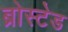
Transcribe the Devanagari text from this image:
ब्रोस्टेड